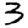
Digit: 3